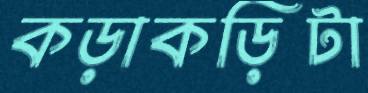
কড়াকড়িটা